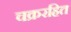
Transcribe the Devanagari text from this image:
चक्ररहित